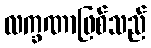
လက္ခဏာဖြစ်သည်